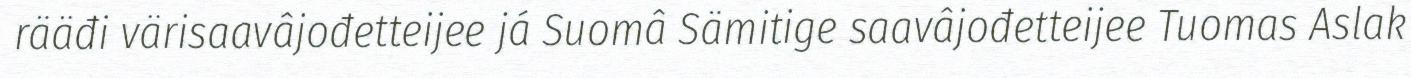
rääđi värisaavâjođetteijee já Suomâ Sämitige saavâjođetteijee Tuomas Aslak